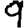
Digit: 9